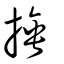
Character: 捶